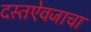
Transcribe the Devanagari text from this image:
दस्तऐवजाचा